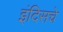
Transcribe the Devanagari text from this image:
इंदिसचे